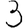
Digit: 3